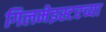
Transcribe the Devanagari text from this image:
गिलमेइस्टरच्या